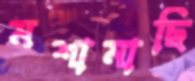
মশামাছি